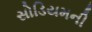
સોડિયમની